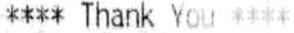
**** THANK YOU ****